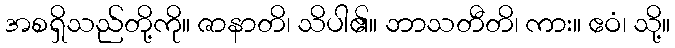
အစရှိသည်တို့ကို။ ဇာနာတိ၊ သိပါ၏။ ဘာသတီတိ၊ ကား။ ဧဝံ၊ သို့။